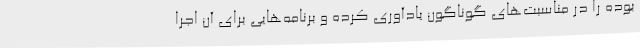
بوده را در مناسبت‌های گوناگون یادآوری کرده و برنامه‌هایی برای آن اجرا